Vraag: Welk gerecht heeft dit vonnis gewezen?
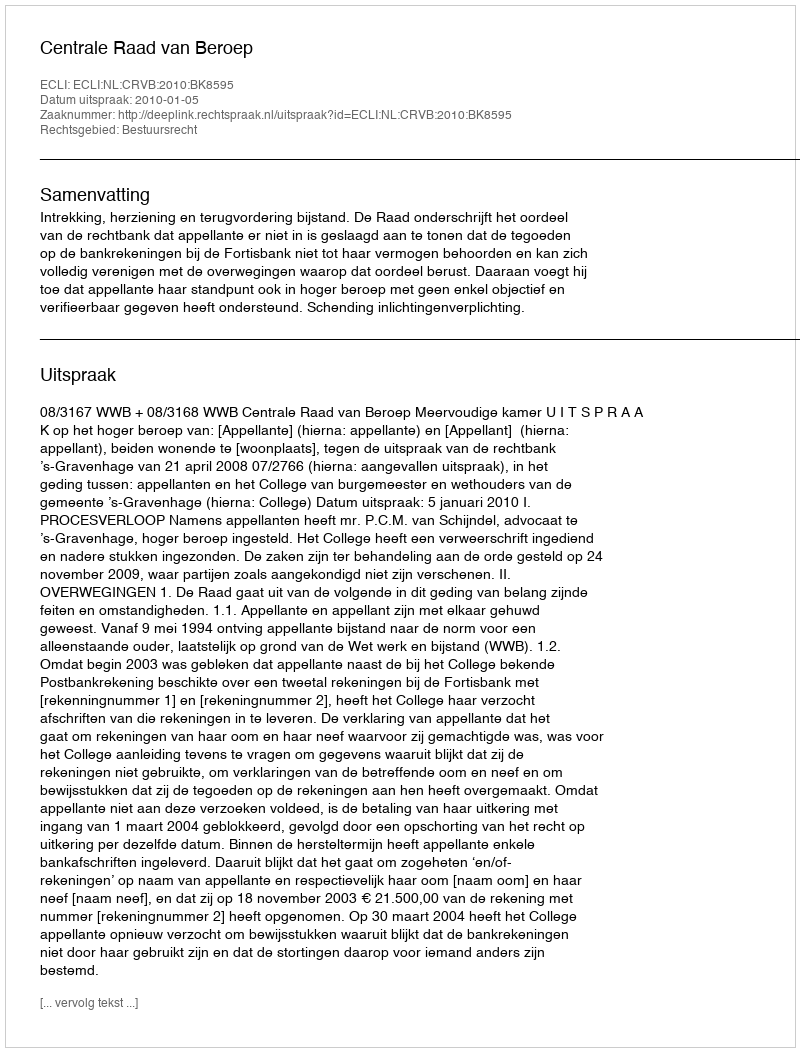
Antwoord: Centrale Raad van Beroep